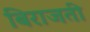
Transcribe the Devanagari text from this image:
बिराजती